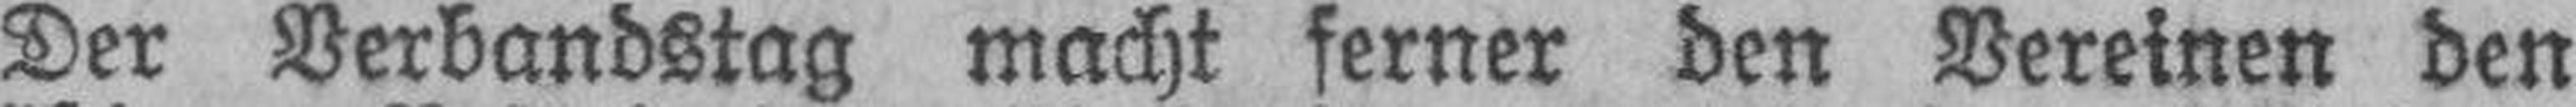
Der Verbandstag macht ferner den Vereinen den